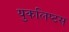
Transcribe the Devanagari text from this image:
युकलिप्टस